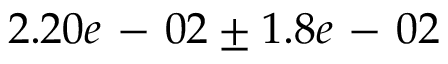
2 . 2 0 e \mathrm { ~ - ~ } 0 2 \pm 1 . 8 e \mathrm { ~ - ~ } 0 2